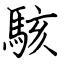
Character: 駭